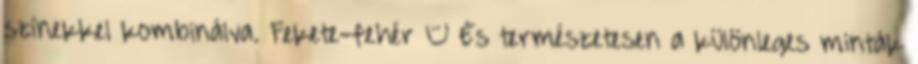
színekkel kombinálva. Fekete-fehér – És természetesen a különleges minták